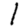
Digit: 1